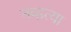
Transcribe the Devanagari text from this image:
नव्‍हत्‍या